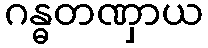
ဂန္ဓတဏှာယ